Annual report on the working of the lock hospitals in the North-Western Provinces and Oudh
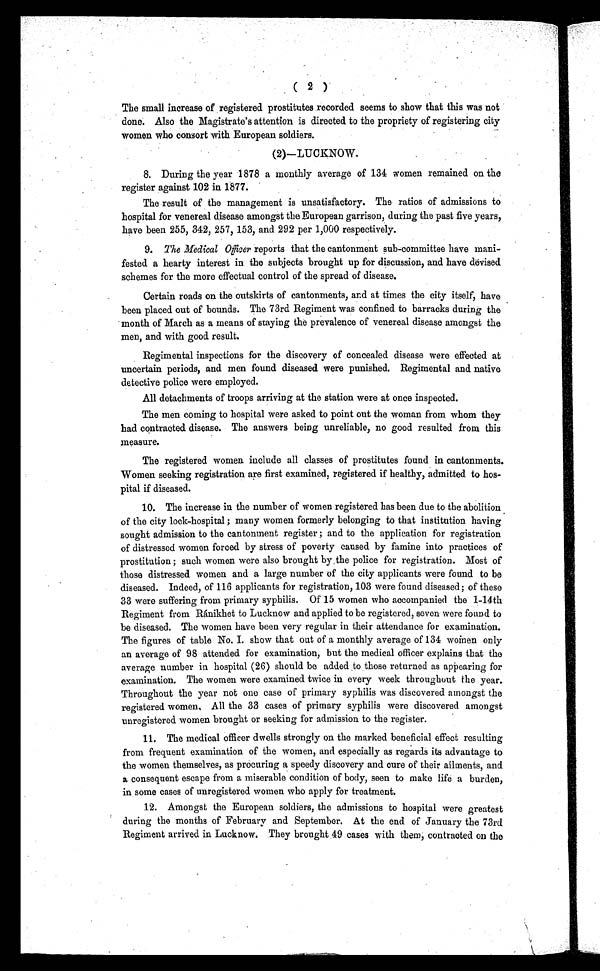
( 2 )
The small increase of registered prostitutes recorded seems to show that this was not
done. Also the Magistrate's attention is directed to the propriety of registering city
women who consort with European soldiers.
(2)—LUCKNOW.
8. During the year 1878 a monthly average of 134 women remained on the
register against 102 in 1877.
The result of the management is unsatisfactory. The ratios of admissions to
hospital for venereal disease amongst the European garrison, during the past five years,
have been 255, 342, 257, 153, and 292 per 1,000 respectively.
9. The Medical Officerreports that the cantonment sub-committee have mani-
fested a hearty interest in the subjects brought up for discussion, and have devised
schemes for the more effectual control of the spread of disease.
Certain roads on the outskirts of cantonments, and at times the city itself, have
been placed out of bounds. The 73rd Regiment was confined to barracks during the
month of March as a means of staying the prevalence of venereal disease amongst the
men, and with good result.
Regimental inspections for the discovery of concealed disease were effected at
uncertain periods, and men found diseased were punished. Regimental and native
detective police were employed.
All detachments of troops arriving at the station were at once inspected.
The men coming to hospital were asked to point out the woman from whom they
had contracted disease. The answers being unreliable, no good resulted from this
measure.
The registered women include all classes of prostitutes found in cantonments.
Women seeking registration are first examined, registered if healthy, admitted to hos-
pital if diseased.
10. The increase in the number of women registered has been due to the abolition
of the city lock-hospital ; many women formerly belonging to that institution having
sought admission to the cantonment register ; and to the application for registration
of distressed women forced by stress of poverty caused by famine into practices of
prostitution ; such women were also brought by the police for registration. Most of
those distressed women and a large number of the city applicants were found to be
diseased. Indeed, of 116 applicants for registration, 103 were found diseased; of these
33 were suffering from primary syphilis. Of 15 women who accompanied the 1-14th
Regiment from Ránikhet to Lucknow and applied to be registered, seven were found to
be diseased. The women have been very regular in their attendance for examination.
The figures of table No. I. show that out of a monthly average of 134 women only
an average of 98 attended for examination, but the medical officer explains that the
average number in hospital (26) should be added to those returned as appearing for
examination. The women were examined twice in every week throughout the year.
Throughout the year not one case of primary syphilis was discovered amongst the
registered women, All the 33 cases of primary syphilis were discovered amongst
unregistered women brought or seeking for admission to the register.
11. The medical officer dwells strongly on the marked beneficial effect resulting
from frequent examination of the women, and especially as regards its advantage to
the women themselves, as procuring a speedy discovery and cure of their ailments, and
a consequent escape from a miserable condition of body, seen to make life a burden,
in some cases of unregistered women who apply for treatment.
12. Amongst the European soldiers, the admissions to hospital were greatest
during the months of February and September. At the end of January the 73rd
Regiment arrived in Lucknow. They brought 49 cases with them, contracted on the